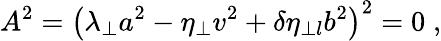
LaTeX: A^{2}=\left(\lambda_{\perp}a^{2}-\eta_{\perp}v^{2}+\delta\eta_{\perp l}b^{2}\right)^{2}=0\; ,